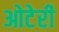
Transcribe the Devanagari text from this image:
ओटेरी